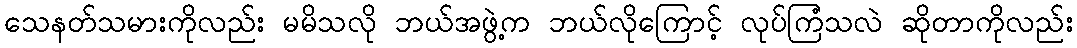
သေနတ်သမားကိုလည်း မမိသလို ဘယ်အဖွဲ့က ဘယ်လိုကြောင့် လုပ်ကြံသလဲ ဆိုတာကိုလည်း